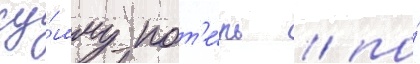
су́мму пот'е́рь / по́